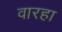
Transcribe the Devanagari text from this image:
वारहा